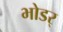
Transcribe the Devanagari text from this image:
भोडर्